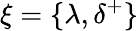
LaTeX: \xi=\{ \lambda,\delta^{+}\}